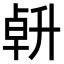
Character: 𠦲